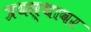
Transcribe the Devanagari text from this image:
त्रयस्थावर